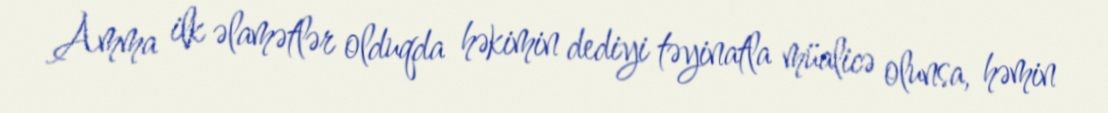
Amma ilk əlamətlər olduqda həkimin dediyi təyinatla müalicə olunsa, həmin